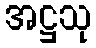
အဋ္ဌသု